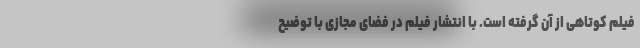
فیلم کوتاهی از آن گرفته است. با انتشار فیلم در فضای مجازی با توضیح